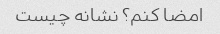
امضا کنم؟ نشانه چیست